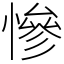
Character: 慘